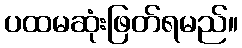
ပထမဆုံးဖြတ်ရမည်။